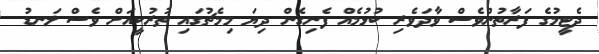
ދެޓީމުގެ ފަރާތުންވެސް ވާދަވެރި ކުޅުމެއް ފެނިގެން ދިޔަ މިމެޗުގައި ތުރުކީއަށް ވެސް ލަނޑު